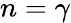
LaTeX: n=\gamma